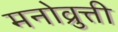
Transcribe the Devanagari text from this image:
मनोव्रुत्ती